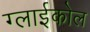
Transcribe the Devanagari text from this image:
ग्लाईकोल